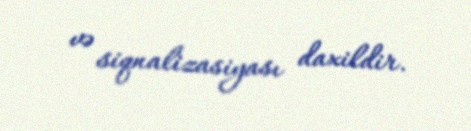
və siqnalizasiyası daxildir.